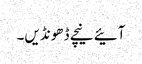
آئیے نیچے ڈھونڈیں۔